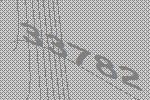
33782